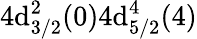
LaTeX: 4\mathrm{d}_{3/2}^{2}(0)4\mathrm{d}_{5/2}^{4}(4)